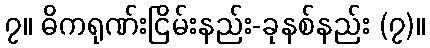
၇။ ဓိကရုဏ်းငြိမ်းနည်း-ခုနစ်နည်း (၇)။